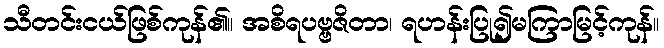
သီတင်းငယ်ဖြစ်ကုန်၏။ အစိရပဗ္ဗဇိတာ၊ ရဟန်းပြု၍မကြာမြင့်ကုန်။